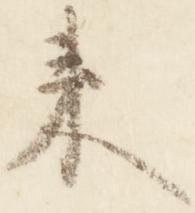
来